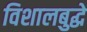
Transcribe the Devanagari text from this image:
विशालबुद्धे